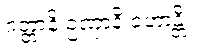
ဂတ္တာနိ ဥဏှာနိ ဟောန္တိ။